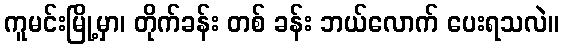
ကူမင်းမြို့မှာ၊ တိုက်ခန်း တစ် ခန်း ဘယ်လောက် ပေးရသလဲ။